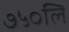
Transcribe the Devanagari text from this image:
७५०लि